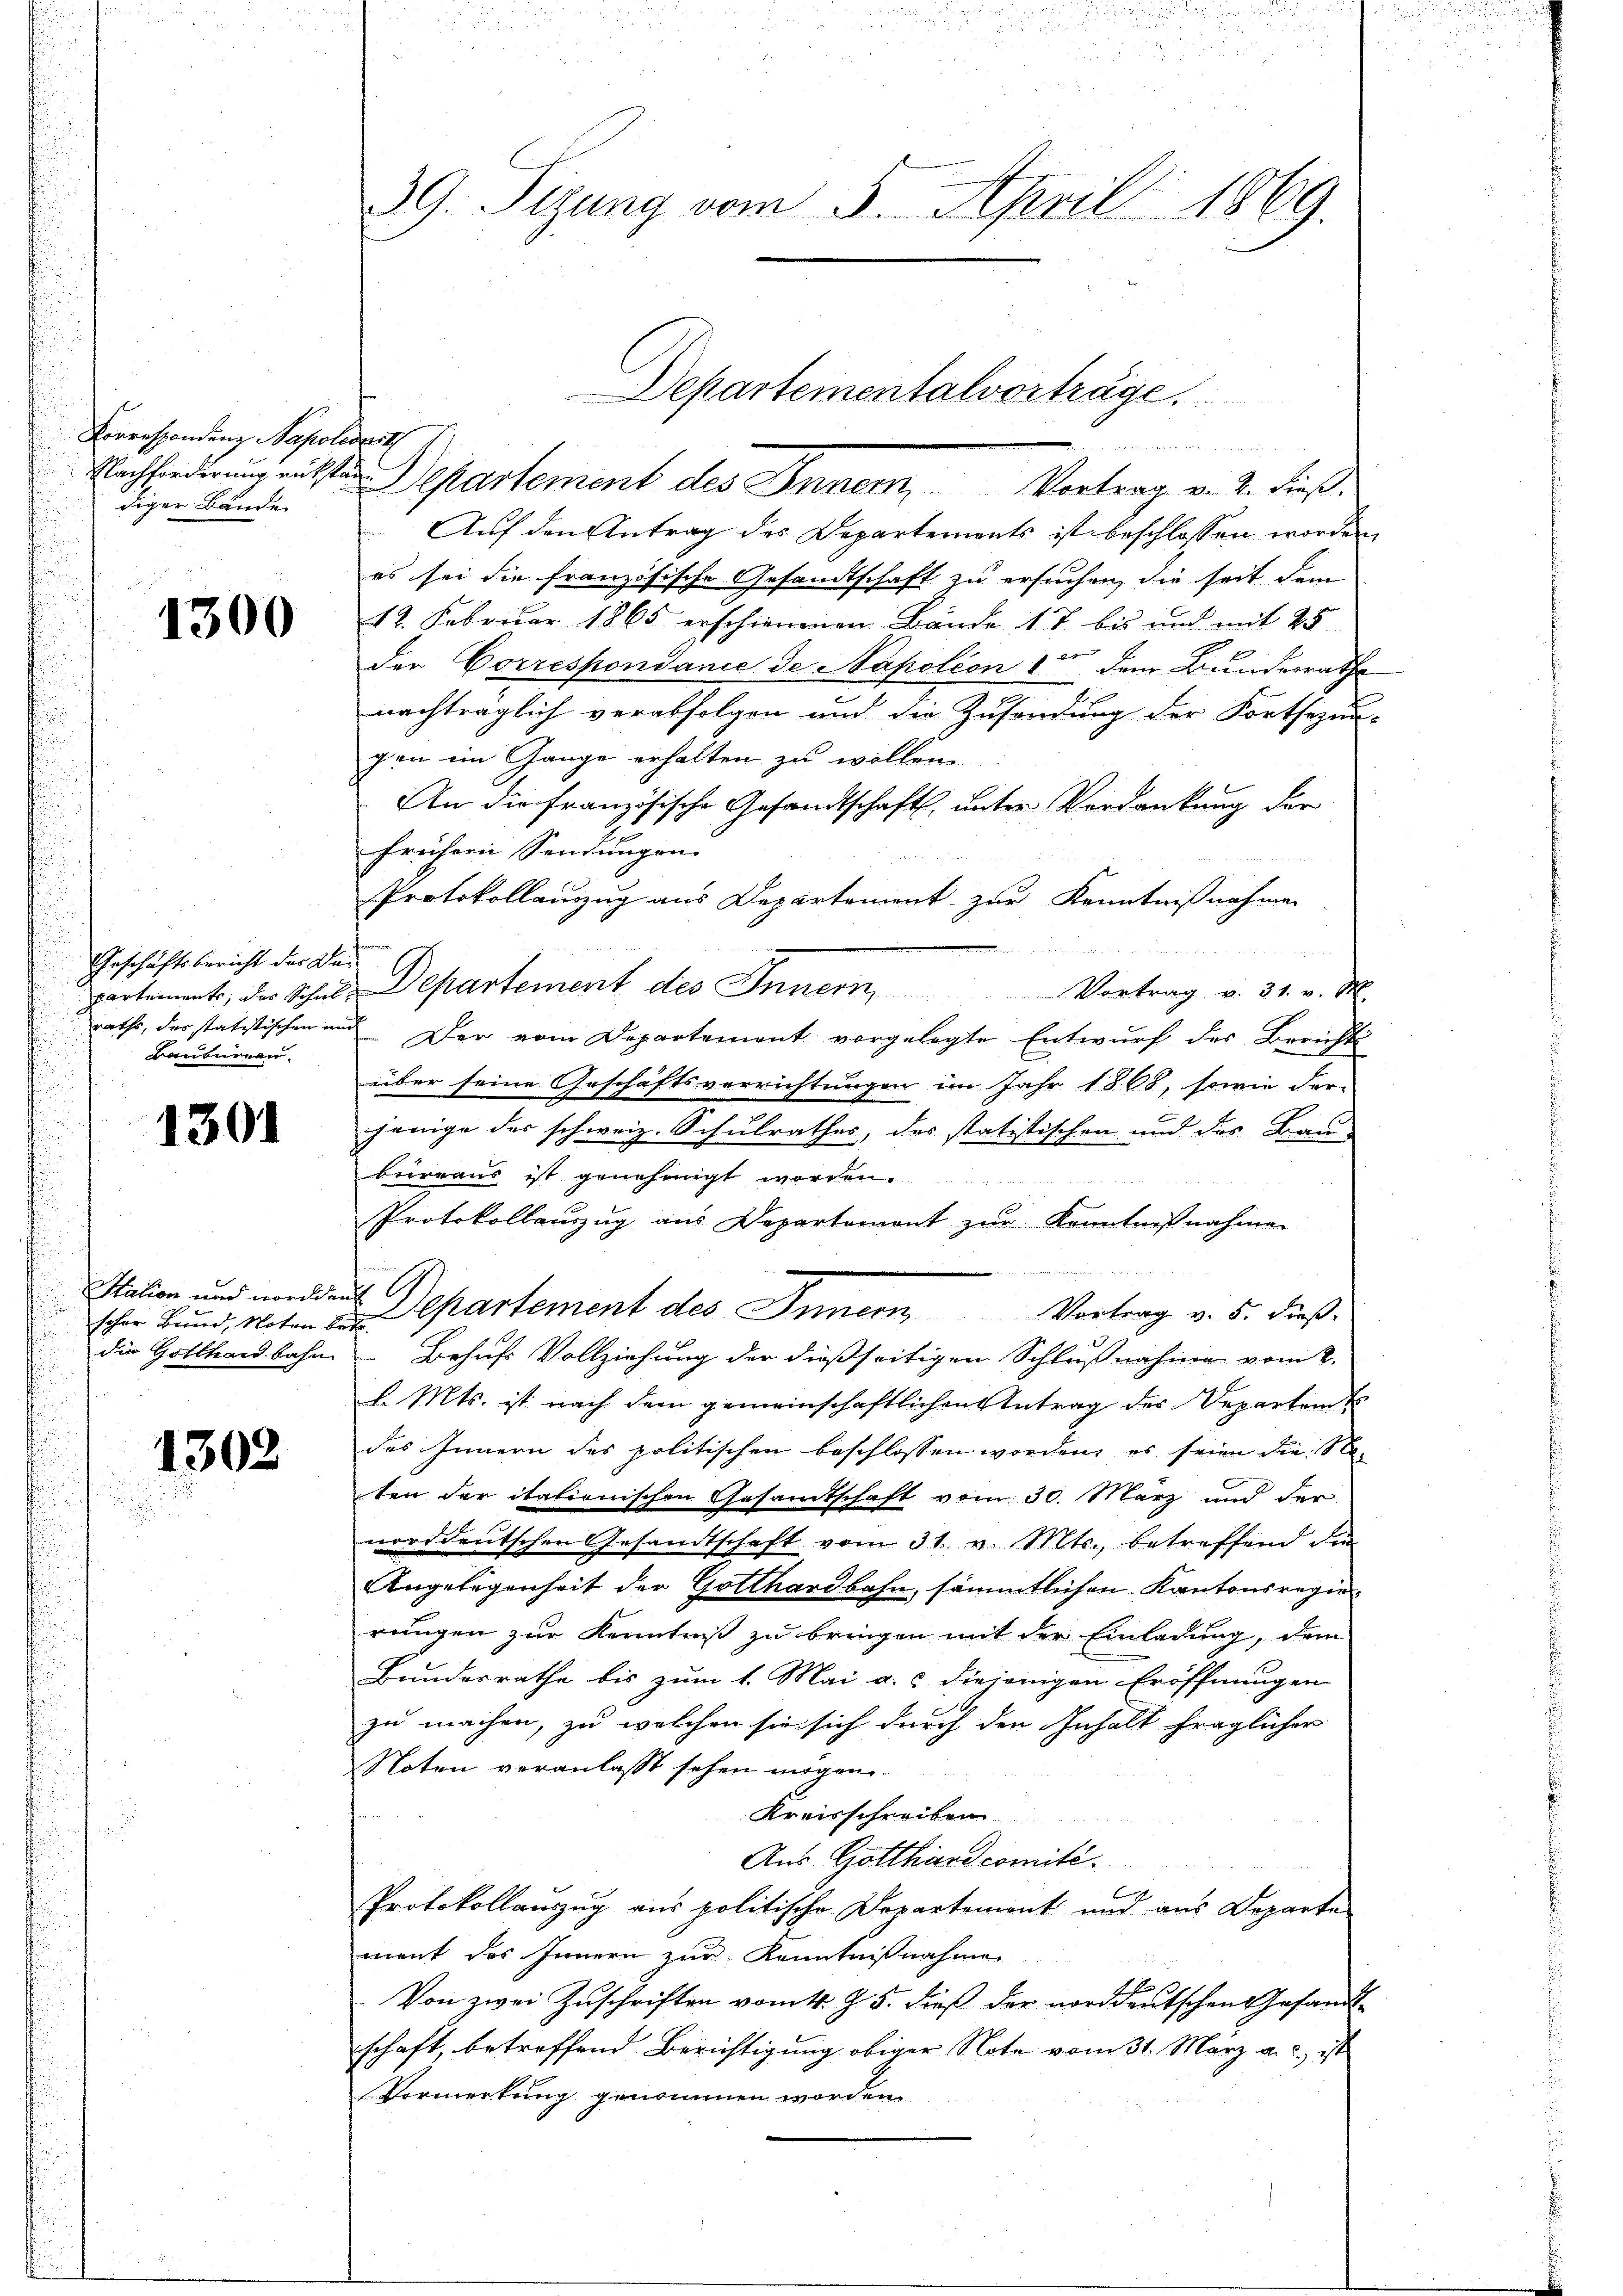
Lorrespondenz Napoledert
diger Bände.

1300

Geschäftsbericht der Bei
kauturren

1301

Station und norddauf
die Gotthardbahn

1302
u

39. Sizung vom 5. April 1869.

Departementalverträge.

Nachforderung entsten Departement des Inner Vortrag v. 2. dieß.
Auf den Antrag des Departements ist beschlossen worden,
es sei die französische Gesandtschaft zu ersuchen, die seit dem
12. Februar 1865 erschienenen Bände 17 bis und mit 25
E
der Correspondance de Napoléon 1 dem Bundesrathe
nachträglich verabfolgen und die Zusendung der Fortsezen-
gen im Gange erhalten zu wollen.
An die französische Gesandtschaft, unter Verdankung der
frühern Sendungen.
Protokollauszug aus Departement zur Kenntnißnahmen
partement, der Schule Departement des Innern, Vortrag v. 31. v. M.
raths, des statistischen und Der vom Departement vorgelegte Entwurf des Berichts
über seine Geschäftsverrichtungen im Jahr 1868, sowie der
jenige der schweiz. Schulrathes, der statistischen und des Bau-
bureaus ist genehmigt worden.
Protokollauszug aus Departement zur Kenntnißnahmen

scher Bund, Noten partement des Innern, Vortrag v. 5. dieß¬
Behufs Vollziehung der dießseitigen Schlußnahme vom 2.
l. Mts. ist nach dem gemeinschaftlichen Antrag des Departen t
des Innern des politischen beschlossen worden, es seien die Neten der italienischen Gesamtschaft vom 30. März und der
norddeutschen Gesandtschaft vom 31. v. Mts., betreffend de
Angelegenheit der Gotthardbahn, sämmtlichen Kantonsregierungen zur Kenntniß zu bringen mit der Einladung, dem
Bunderrathe bis zum 1. Mai a. c. diejenigen Eröffnungen
zu machen, zu welchen sie sich durch den Inhalt fraglicher
Noten veranlasst sehen mögen.
Kreisschreiben
Aus Gotthardcomité.
n
Protokollauszug aus politische Departement und aus Departe
mant des Innern zur Kenntnißnahmen
Von zwei Zuschriften vom 1. Z. 5. dieß der norddeutschen Gesandtschaft, betreffend Berichtigung obiger Note vom 31. März a. c. ist
Vormerkung genommen worden.